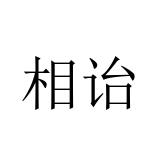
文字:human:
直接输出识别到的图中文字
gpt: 相诒